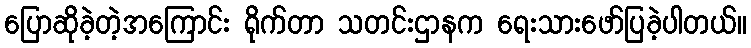
ပြောဆိုခဲ့တဲ့အကြောင်း ရိုက်တာ သတင်းဌာနက ရေးသားဖော်ပြခဲ့ပါတယ်။